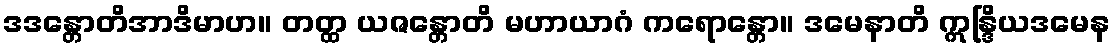
ဒဒန္တောတိအာဒိမာဟ။ တတ္ထ ယဇန္တောတိ မဟာယာဂံ ကရောန္တော။ ဒမေနာတိ ဣန္ဒြိယဒမေန